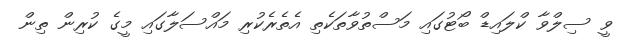
ވީ ސިލްވާ ކްލައިޑް ބޯޓުގައި މަސްތުވާތަކެތި އެތެރެކުރި މައްސަލާގައި މީގެ ކުރިން ތިން